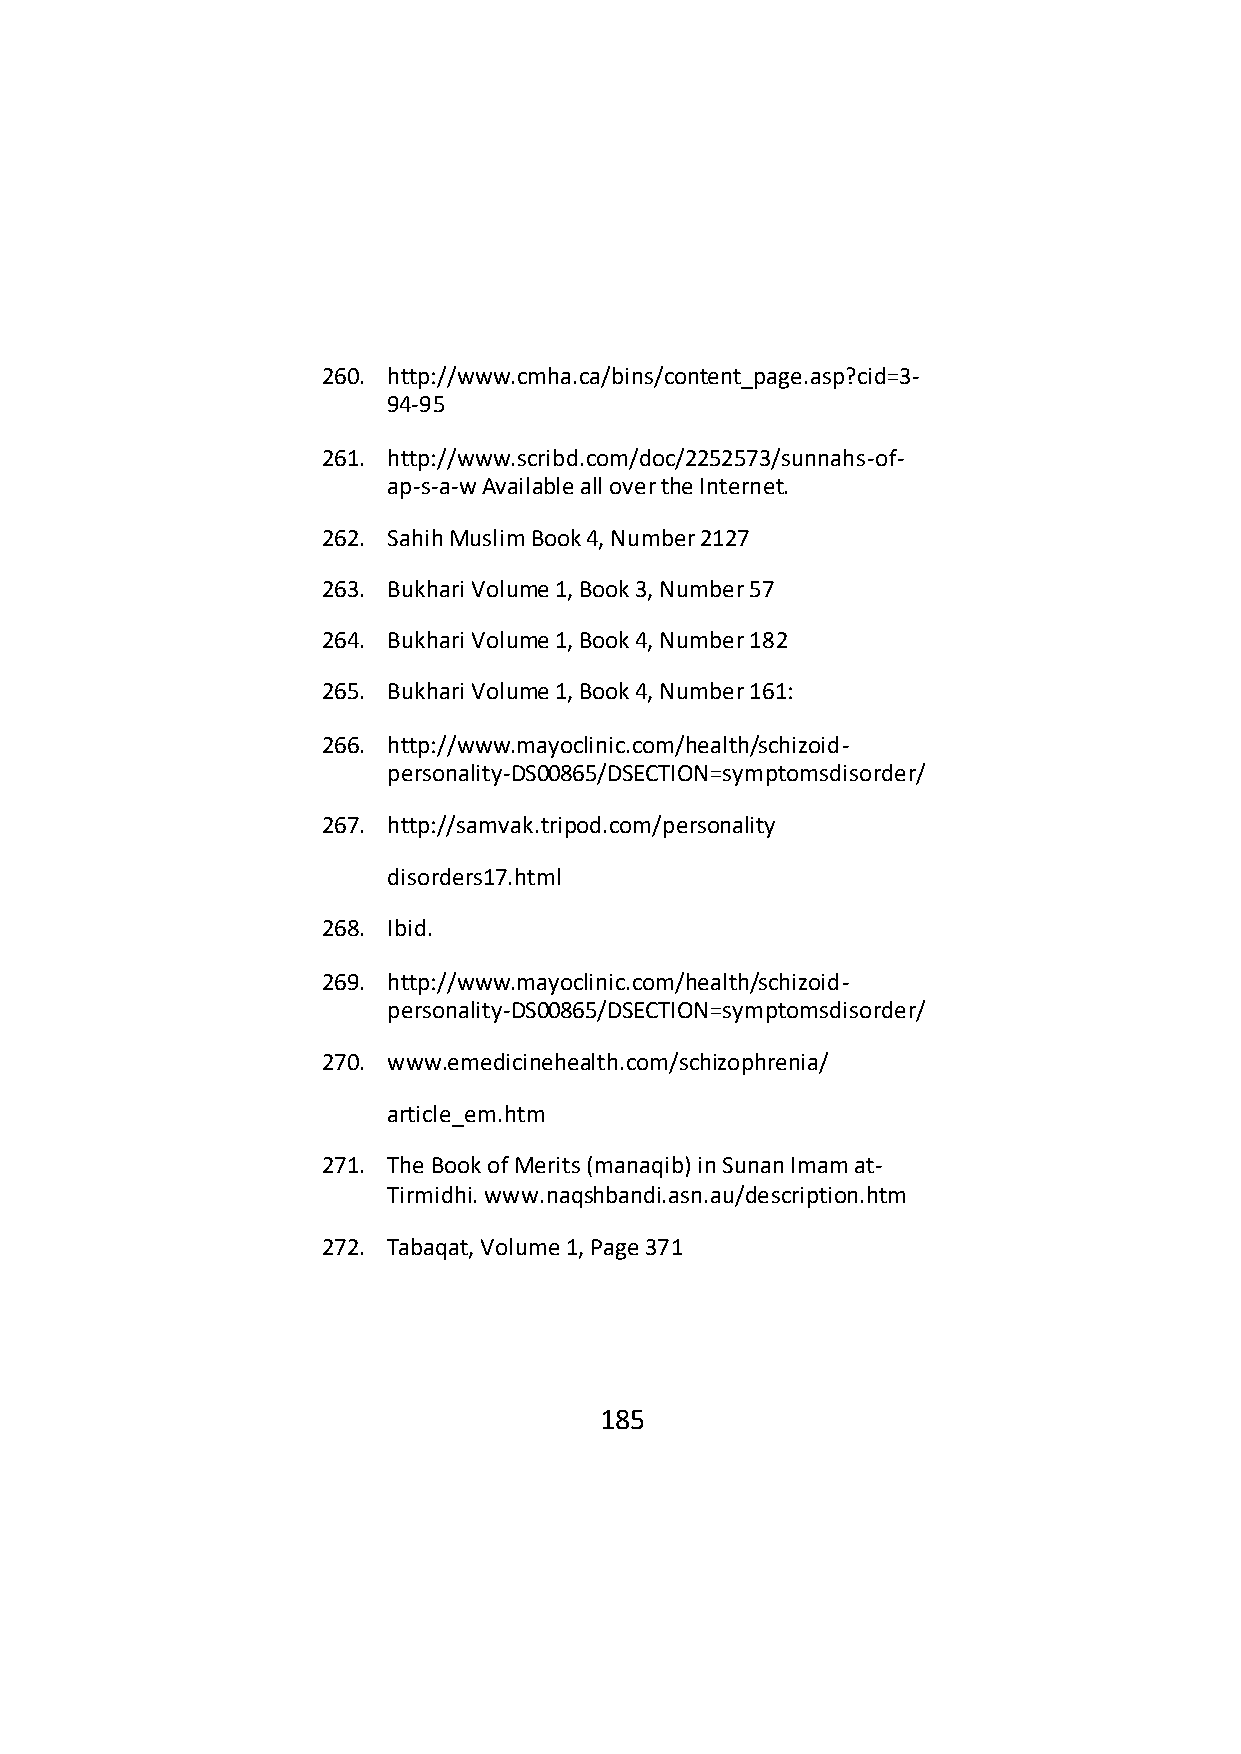
260. http://www.cmha.ca/bins/content_page.asp?cid=3-
 94-95
 261. http://www.scribd.com/doc/2252573/sunnahs-of-
 ap-s-a-w Available all over the Internet.
 262. Sahih Muslim Book 4, Number 2127
 263. Bukhari Volume 1, Book 3, Number 57
 264. Bukhari Volume 1, Book 4, Number 182
 265. Bukhari Volume 1, Book 4, Number 161:
 266. http://www.mayoclinic.com/health/schizoid-
 personality-DS00865/DSECTION=symptomsdisorder/
 267. http://samvak.tripod.com/personality
 disorders17.html
 268. Ibid.
 269. http://www.mayoclinic.com/health/schizoid-
 personality-DS00865/DSECTION=symptomsdisorder/
 270. www.emedicinehealth.com/schizophrenia/
 article_em.htm
 271. The Book of Merits (manaqib) in Sunan Imam at-
 Tirmidhi. www.naqshbandi.asn.au/description.htm
 272. Tabaqat, Volume 1, Page 371
 185